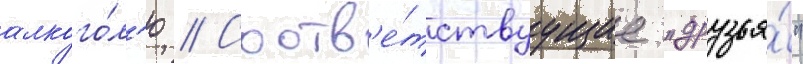
алкого́л'ю // Соотв'е́тствуущие "друзья́"